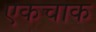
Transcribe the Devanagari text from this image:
एकचाक